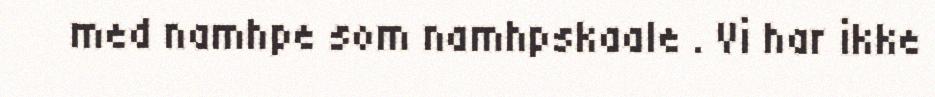
med namhpe som namhpskaale . Vi har ikke